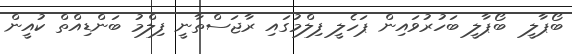
ބޯޕާލީ  ބޯޕާލީ ބަހުރުވައިން ޕަހެލީ ފިލްމުގައި ރާޖަސްތާނީ ފިލްމު ބަންޑިއްތް ކުއީން